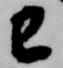
巳